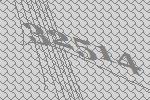
32514